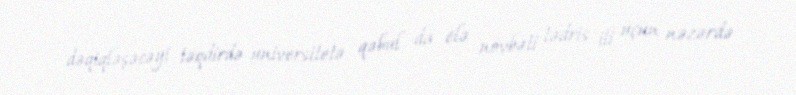
dəqiqləşəcəyi təqdirdə universitetə qəbul da elə növbəti tədris ili üçün nəzərdə